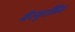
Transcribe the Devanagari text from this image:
गैरमुरलिम